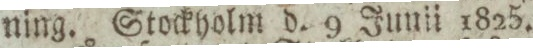
ning. Stockholm d. 9 Junii 1825.